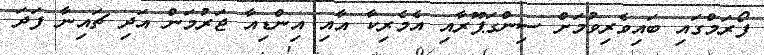
ފޯރަމްގައި ބައިވެރިވުމަށް ސިންގަޕޫރާއި އެމެރިކާ އާއި އިންޑިއާ ޖަރުމަން އަދި ޗައިނާ ފަދަ